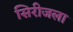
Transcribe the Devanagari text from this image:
सिरीजला